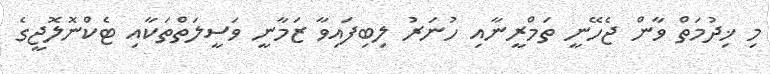
މި ޚިދުމަތް ވާން ޖެހޭނީ ތަމްރީނާއި ހުނަރު ލިބިފައިވާ ޒަމާނީ ވަސީލަތްތަކާއި ޓެކްނޮލޮޖީގެ